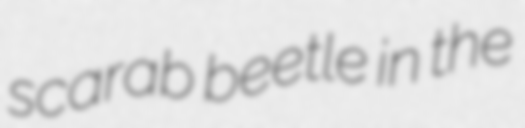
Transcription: scarab beetle in the